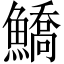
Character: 鱎